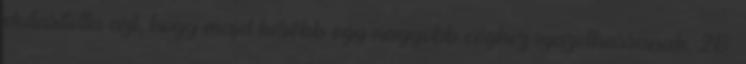
elutasította azt, hogy majd később egy nagyobb céghez igazolhassanak. 28